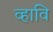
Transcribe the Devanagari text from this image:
व्हावि